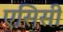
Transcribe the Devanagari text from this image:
एसिसी